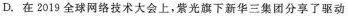
D.在2019全球网络技术大会上，紫光旗下新华三集团分享了驱动